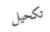
تكحيل